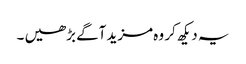
یہ دیکھ کر وہ مزید آگے بڑھیں ۔